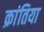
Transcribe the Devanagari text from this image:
क्रांतिया